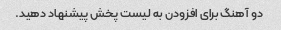
دو آهنگ برای افزودن به لیست پخش پیشنهاد دهید.